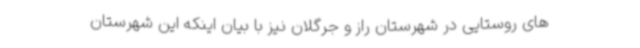
های روستایی در شهرستان راز و جرگلان نیز با بیان اینکه این شهرستان